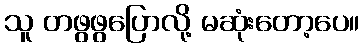
သူ တဖွဖွပြောလို့ မဆုံးတော့ပေ။